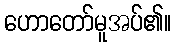
ဟောတော်မူအပ်၏။